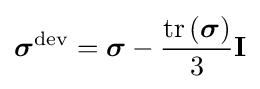
{\boldsymbol {\sigma }}^{\text{dev}}={\boldsymbol {\sigma }}-{\frac {\operatorname {tr} \left({\boldsymbol {\sigma }}\right)}{3}}\mathbf {I} \,\!